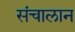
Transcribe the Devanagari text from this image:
संचालान